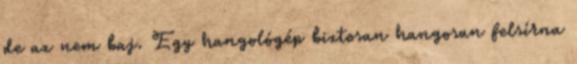
de az nem baj. Egy hangológép biztosan hangosan felsírna